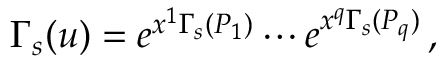
\Gamma _ { s } ( u ) = e ^ { x ^ { 1 } \Gamma _ { s } ( P _ { 1 } ) } \cdots e ^ { x ^ { q } \Gamma _ { s } ( P _ { q } ) } \, ,